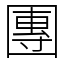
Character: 團